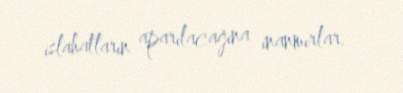
islahatların aparılacağına inanmırlar.